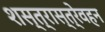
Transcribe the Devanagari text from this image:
शस्त्रास्त्रेवहन